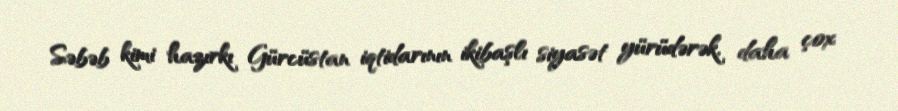
Səbəb kimi hazırkı Gürcüstan iqtidarının ikibaşlı siyasət yürüdərək, daha çox